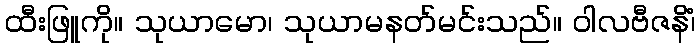
ထီးဖြူကို။ သုယာမော၊ သုယာမနတ်မင်းသည်။ ဝါလဗီဇနိံ၊